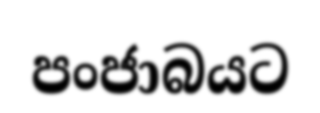
පංජාබයට